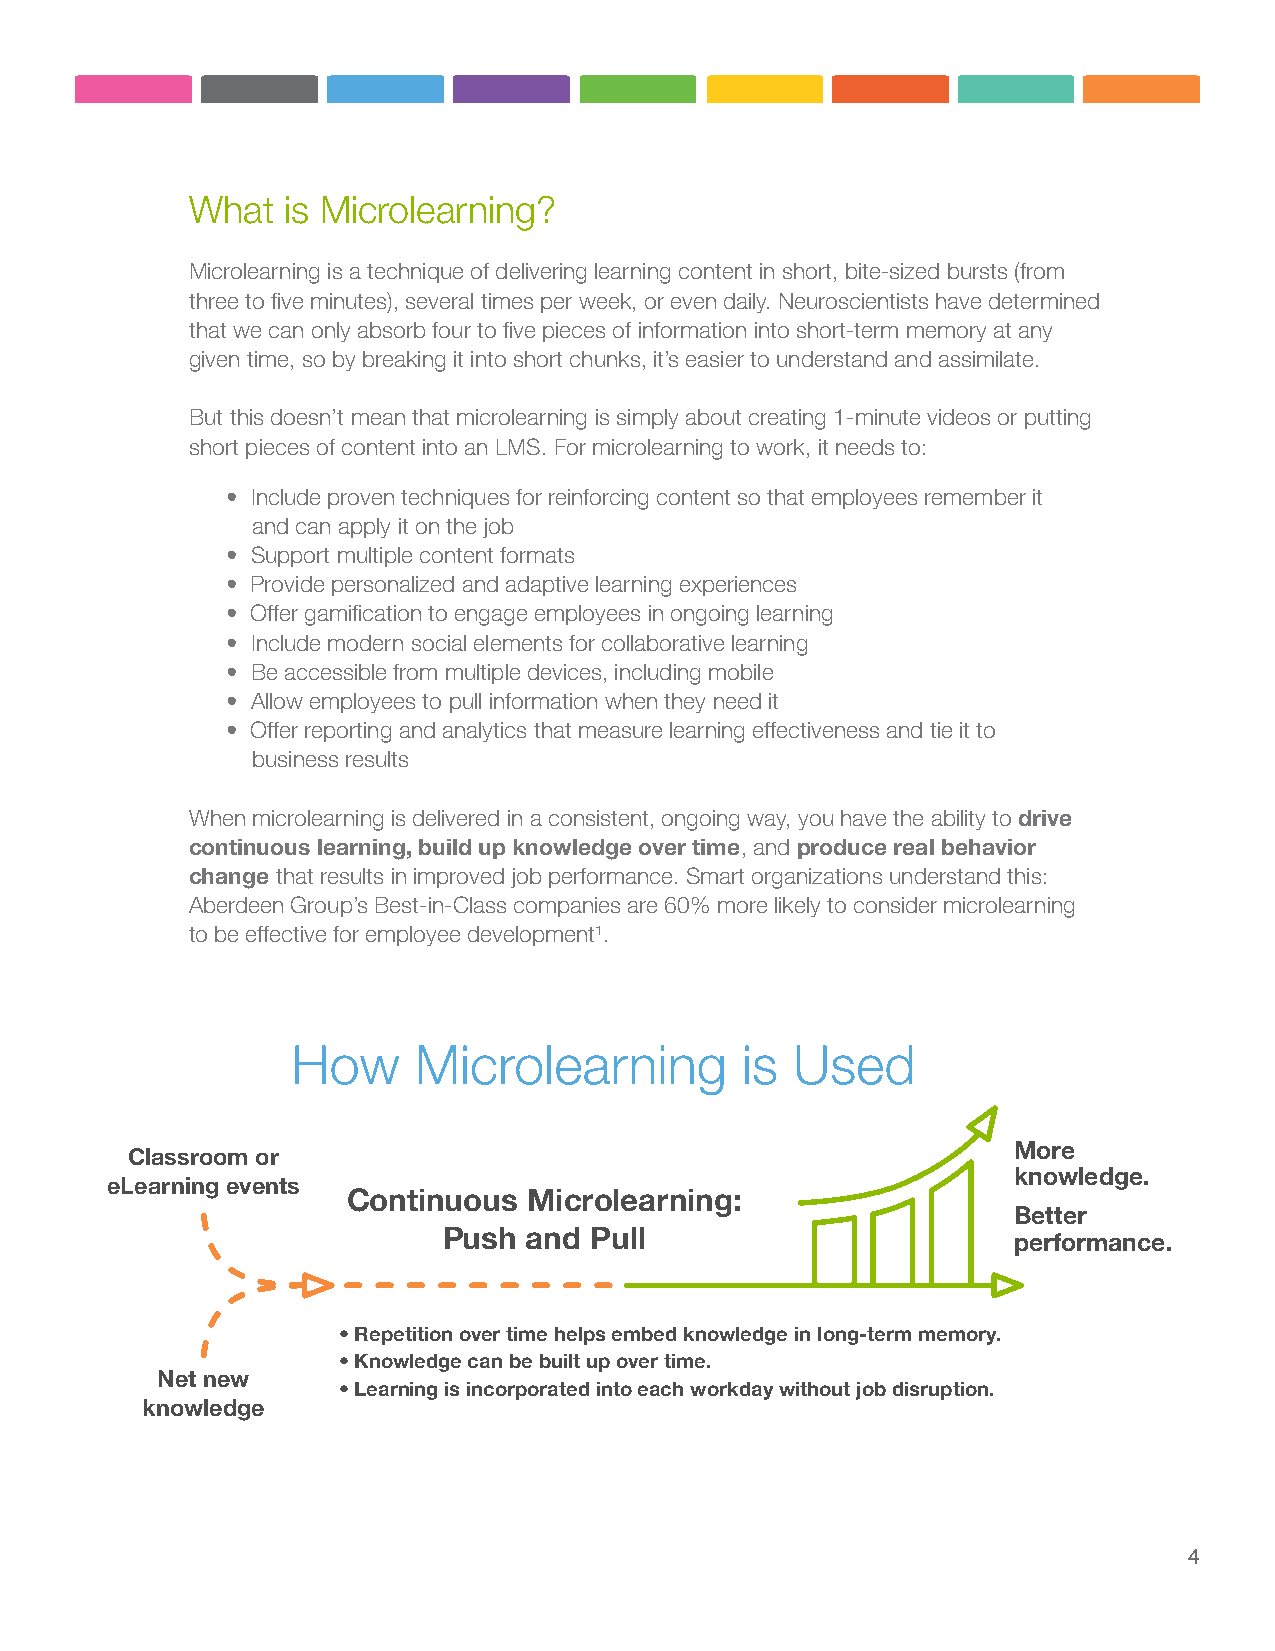
What  is Microlearning?
 Microlearning is a technique of delivering learning content in short, bite-sized bursts (from
 three to five minutes), several times per week, or even daily. Neuroscientists have determined
 that we can only absorb four to five pieces of information into short-term memory at any
 given time, so by breaking it into short chunks, it’s easier to understand and assimilate.
 But this doesn’t mean that microlearning is simply about creating 1-minute videos or putting
 short pieces of content into an LMS. For microlearning to work, it needs to:
 • Include proven techniques for reinforcing content so that employees remember it
 and can apply it on the job
 • Support multiple content formats
 • Provide personalized and adaptive learning experiences
 • Offer gamification to engage employees in ongoing learning
 • Include modern social elements for collaborative learning
 • Be accessible from multiple devices, including mobile
 • Allow employees to pull information when they need it
 • Offer reporting and analytics that measure learning effectiveness and tie it to
 business results
 When microlearning is delivered in a consistent, ongoing way, you have the ability to drive
 continuous learning, build up knowledge over time, and produce real behavior
 change that results in improved job performance. Smart organizations understand this:
 Aberdeen Group’s Best-in-Class companies are 60% more likely to consider microlearning
 to be effective for employee development1.
 How     Microlearning         is  Used
 More
 Classroom or
 knowledge.
 eLearning events
 Continuous  Microlearning:
 Better
 Push  and Pull
 performance.
 • Repetition over time helps embed knowledge in long-term memory.
 • Knowledge can be built up over time.
 Net new
 • Learning is incorporated into each workday without job disruption.
 knowledge
 4